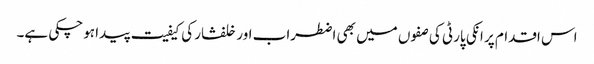
اس اقدام پر انکی پارٹی کی صفوں میں بھی اضطراب اور خلفشار کی کیفیت پیدا ہوچکی ہے۔